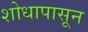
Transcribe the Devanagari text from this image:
शोधापासून